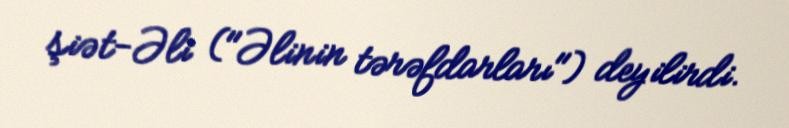
şiət-Əli ("Əlinin tərəfdarları") deyilirdi.